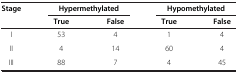
<table><thead><tr><td rowspan="2"><b>Stage</b></td><td colspan="2"><b>Hypermethylated</b></td><td colspan="2"><b>Hypomethylated</b></td></tr><tr><td><b>True</b></td><td><b>False</b></td><td><b>True</b></td><td><b>False</b></td></tr></thead><tbody><tr><td>I</td><td>53</td><td>4</td><td>1</td><td>4</td></tr><tr><td>II</td><td>4</td><td>14</td><td>60</td><td>4</td></tr><tr><td>III</td><td>88</td><td>7</td><td>4</td><td>45</td></tr></tbody></table>